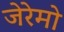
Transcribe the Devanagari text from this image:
जेरेमो